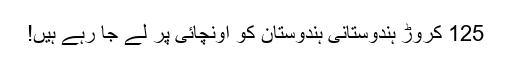
125 کروڑ ہندوستانی ہندوستان کو اونچائی پر لے جا رہے ہیں!